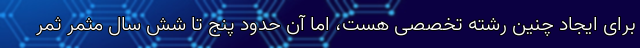
برای ایجاد چنین رشته تخصصی هست، اما آن حدود پنج تا شش سال مثمر ثمر